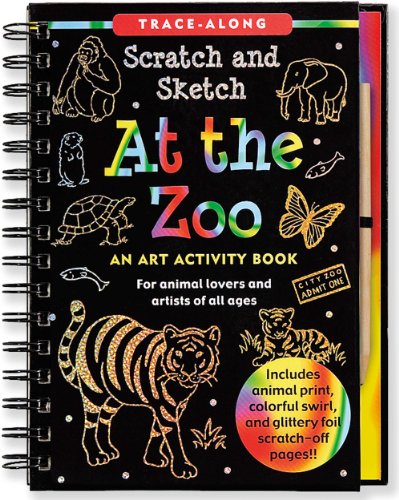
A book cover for At the Zoo Scratch & Sketch (An Art Activity Book for Animal Lovers and Artists of All Ages) (Trace-Along Scratch and Sketch); Lee Nemmers; Children's Books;